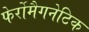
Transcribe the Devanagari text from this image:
फेर्रोमैगनेटिक